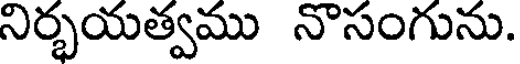
నిర్భయత్వము నొసంగును.